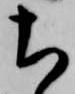
ち